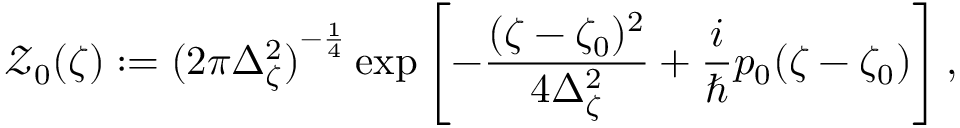
\mathcal { Z } _ { 0 } ( \zeta ) : = { ( 2 \pi \Delta _ { \zeta } ^ { 2 } ) } ^ { - \frac 1 4 } \exp \left[ - \frac { ( \zeta - \zeta _ { 0 } ) ^ { 2 } } { 4 \Delta _ { \zeta } ^ { 2 } } + \frac i \hbar p _ { 0 } ( \zeta - \zeta _ { 0 } ) \right] ,